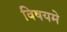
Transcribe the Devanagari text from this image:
विषयमे